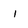
Character: 1